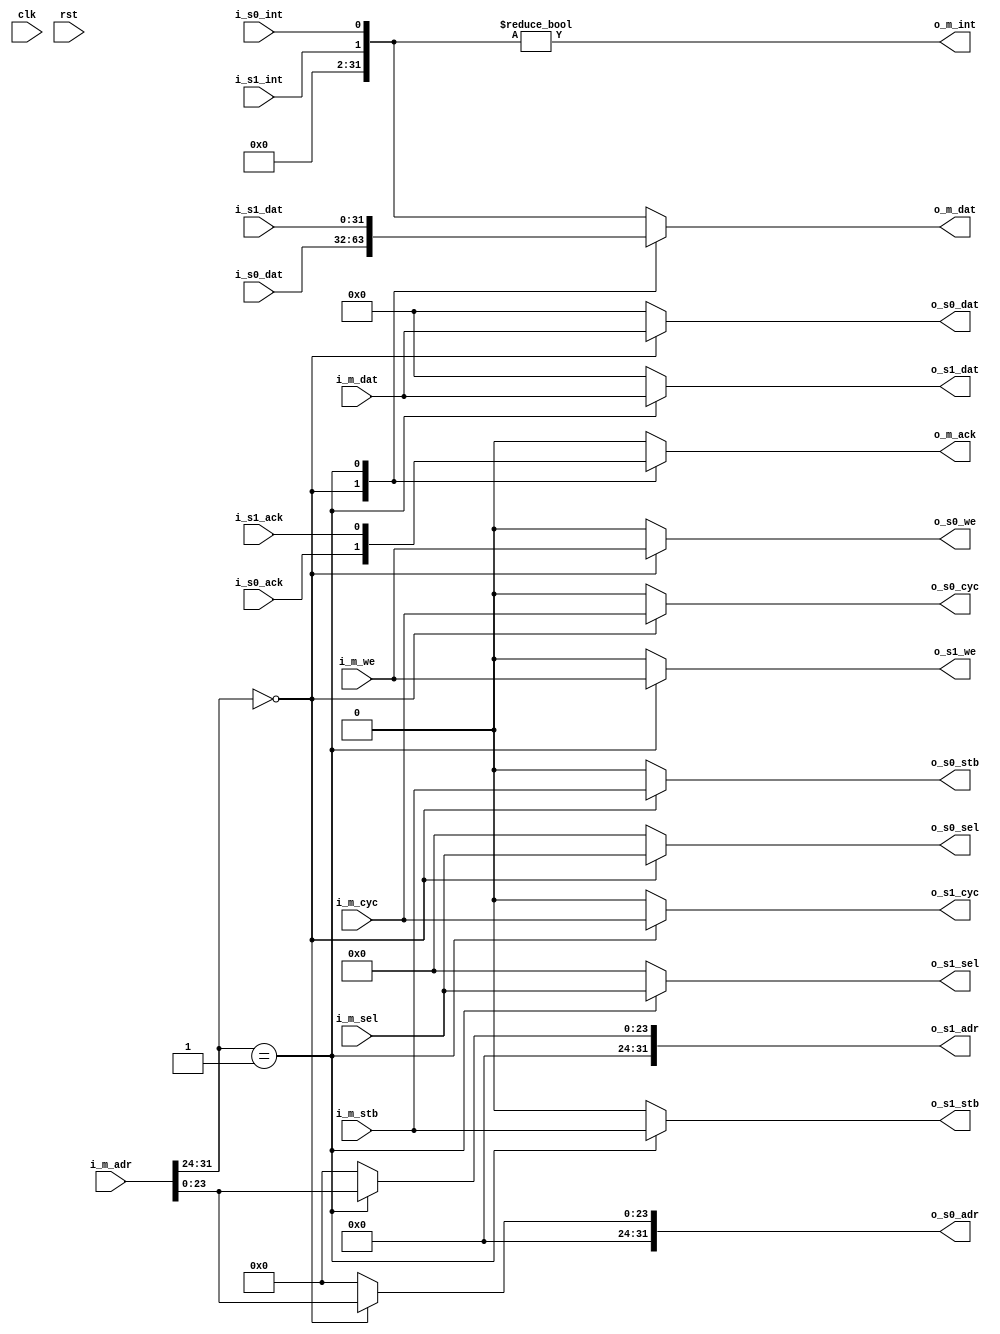
module wishbone_interconnect (
  clk,
  rst,

  i_m_we,
  i_m_cyc,
  i_m_sel,
  i_m_stb,
  o_m_ack,
  i_m_dat,
  o_m_dat,
  i_m_adr,
  o_m_int,

  //virtual slave master 0
  o_s0_we,
  o_s0_cyc,
  o_s0_sel,
  o_s0_stb,
  i_s0_ack,
  o_s0_dat,
  i_s0_dat,
  o_s0_adr,
  i_s0_int,

  //virtual slave master 0
  o_s1_we,
  o_s1_cyc,
  o_s1_sel,
  o_s1_stb,
  i_s1_ack,
  o_s1_dat,
  i_s1_dat,
  o_s1_adr,
  i_s1_int
);


parameter ADDR_0    =   8'h00;
parameter ADDR_1    =   8'h01;

parameter ADDR_FF = 8'hFF;

//state

//control signals
input         clk;
input         rst;

//wishbone slave signals
input                    i_m_we;
input                    i_m_stb;
input                    i_m_cyc;
input   [3:0]            i_m_sel;
input   [31:0]           i_m_adr;
input     [31:0]         i_m_dat;
output reg  [31:0]       o_m_dat = 32'h0;
output reg               o_m_ack = 1'h0;
output                   o_m_int;

output                   o_s0_we;
output                   o_s0_stb;
output                   o_s0_cyc;
output    [3:0]          o_s0_sel;
output      [31:0]       o_s0_adr;
output      [31:0]       o_s0_dat;
input       [31:0]       i_s0_dat;
input                    i_s0_ack;
input                    i_s0_int;

output                   o_s1_we;
output                   o_s1_stb;
output                   o_s1_cyc;
output    [3:0]          o_s1_sel;
output      [31:0]       o_s1_adr;
output      [31:0]       o_s1_dat;
input       [31:0]       i_s1_dat;
input                    i_s1_ack;
input                    i_s1_int;

//this should be parameterized
wire [7:0]slave_select;
assign slave_select =   i_m_adr[31:24];


wire [31:0] interrupts;


/*
initial begin
    $monitor("%t, int: %h, i_s0_int: %h, s1_int: %h", $time, interrupts, s0_int, s1_int);
    $monitor ("%t adr: %h, stb: %h, ack: %h", $time, i_m_adr, i_m_stb, o_m_ack);
end
*/


//data
always @ (slave_select or i_s0_dat or i_s1_dat or interrupts) begin
    case (slave_select)
        ADDR_0: begin
            o_m_dat <= i_s0_dat;
        end
        ADDR_1: begin
            o_m_dat <= i_s1_dat;
        end
        default: begin
        //$display("WBI: interrupt address selected");
            o_m_dat <= interrupts;
        end
    endcase
end

//ack
always @ (slave_select or i_s0_ack or i_s1_ack) begin
    case (slave_select)
        ADDR_0: begin
            o_m_ack <= i_s0_ack;
        end
        ADDR_1: begin
            o_m_ack <= i_s1_ack;
        end
    default: begin
            o_m_ack <= 1'h0;
        end
    endcase
end

//int
//set up the interrupts flags
assign interrupts[0]  = i_s0_int;
assign interrupts[1]  = i_s1_int;
//set all other interrupts to zero
assign interrupts[31:2] = 0;

assign o_m_int  = (interrupts != 0);



assign o_s0_we    = (slave_select == ADDR_0) ? i_m_we: 0;
assign o_s0_stb   = (slave_select == ADDR_0) ? i_m_stb: 0;
assign o_s0_sel   = (slave_select == ADDR_0) ? i_m_sel: 0;
assign o_s0_cyc   = (slave_select == ADDR_0) ? i_m_cyc: 0;
assign o_s0_adr   = (slave_select == ADDR_0) ? {8'h0 , i_m_adr[23:0]}: 0;
assign o_s0_dat   = (slave_select == ADDR_0) ? i_m_dat: 0;

assign o_s1_we    = (slave_select == ADDR_1) ? i_m_we: 0;
assign o_s1_stb   = (slave_select == ADDR_1) ? i_m_stb: 0;
assign o_s1_sel   = (slave_select == ADDR_1) ? i_m_sel: 0;
assign o_s1_cyc   = (slave_select == ADDR_1) ? i_m_cyc: 0;
assign o_s1_adr   = (slave_select == ADDR_1) ? {8'h0 , i_m_adr[23:0]}: 0;
assign o_s1_dat   = (slave_select == ADDR_1) ? i_m_dat: 0;


endmodule